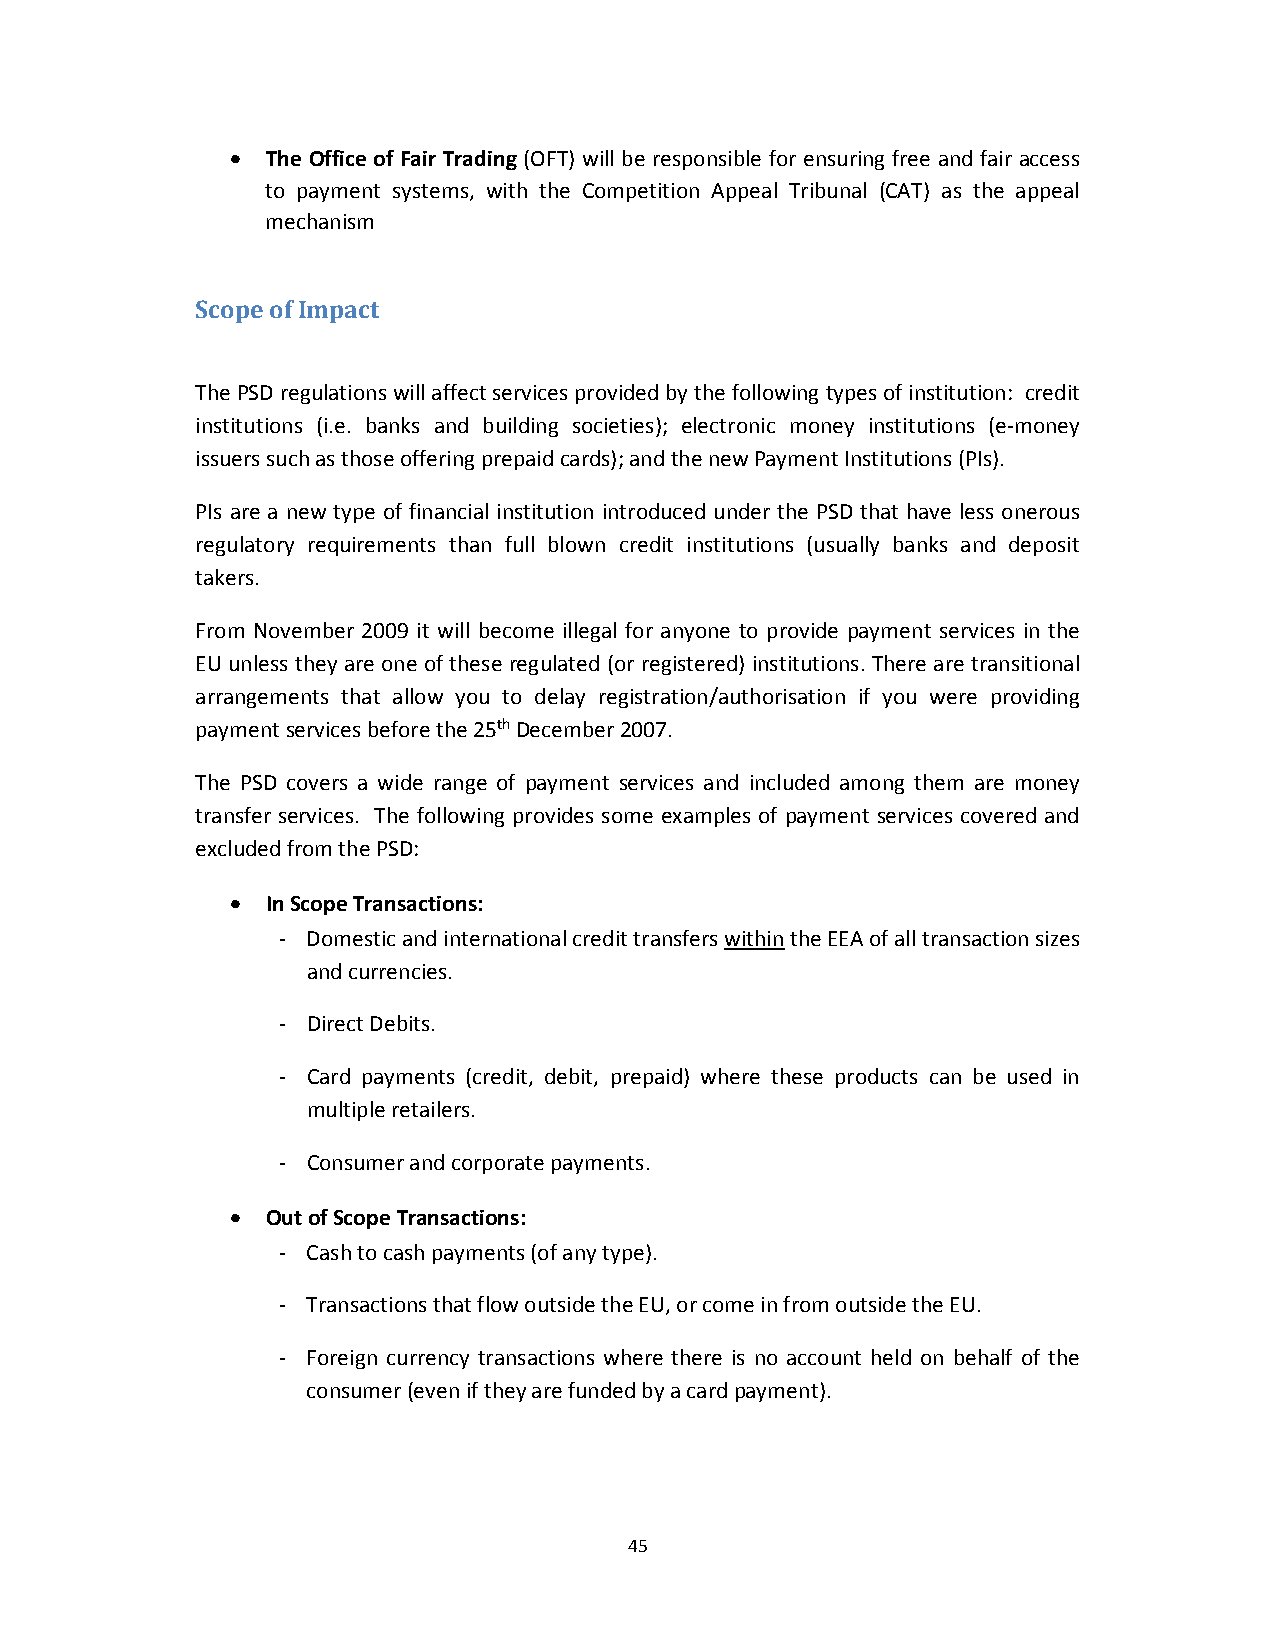
  The Office of Fair Trading (OFT) will be responsible for ensuring free and fair access
 to payment systems, with the Competition Appeal Tribunal (CAT) as the appeal
 mechanism
 Scope of Impact
 The PSD regulations will affect services provided by the following types of institution: credit
 institutions (i.e. banks and building societies); electronic money institutions (e‐money
 issuers such as those offering prepaid cards); and the new Payment Institutions (PIs).
 PIs are a new type of financial institution introduced under the PSD that have less onerous
 regulatory requirements than full blown credit institutions (usually banks and deposit
 takers.
 From November 2009 it will become illegal for anyone to provide payment services in the
 EU unless they are one of these regulated (or registered) institutions. There are transitional
 arrangements that allow you to delay registration/authorisation if you were providing
 payment services before the 25th December 2007.
 The PSD covers a wide range of payment services and included among them are money
 transfer services. The following provides some examples of payment services covered and
 excluded from the PSD:
   In Scope Transactions:
 ‐ Domestic and international credit transfers within the EEA of all transaction sizes
 and currencies.
 ‐ Direct Debits.
 ‐ Card payments (credit, debit, prepaid) where these products can be used in
 multiple retailers.
 ‐ Consumer and corporate payments.
   Out of Scope Transactions:
 ‐ Cash to cash payments (of any type).
 ‐ Transactions that flow outside the EU, or come in from outside the EU.
 ‐ Foreign currency transactions where there is no account held on behalf of the
 consumer (even if they are funded by a card payment).
 45